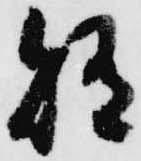
賄